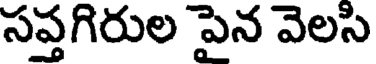
సప్తగిరుల పైన వెలసి